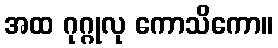
အထ ဂုဂ္ဂုလု ကောသိကော။